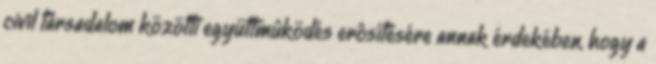
civil társadalom közötti együttmûködés erôsítésére annak érdekében, hogy a